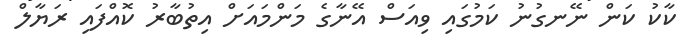
ކާކު ކަން ނޭނގުނު ކަމުގައި ވިއަސް އޭނާގެ މަންމައަށް އިތުބާރު ކޮއްފައި ރަޔާލް